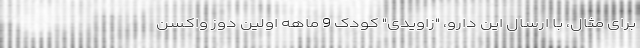
برای مثال، با ارسال این دارو، "زاویدی" کودک 9 ماهه اولین دوز واکسن